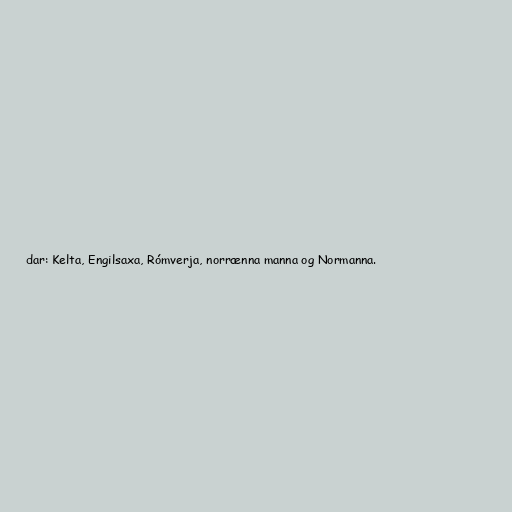
dar: Kelta, Engilsaxa, Rómverja, norrænna manna og Normanna.